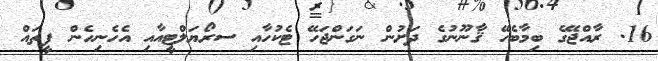
16. ރާއްޖޭގެ ބިމާބެހޭ ޤާނޫނުގެ ދަށުން ނަގަންޖަހޭ ޓެކުހާއި ސރޯޔަލްޓީއާއި އެހެނިހެން ފީތައް